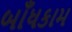
બાઁધકામ